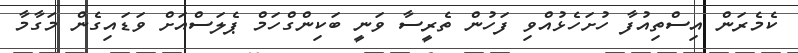
ކެމެރަން އިސްތިއުފާ ހުށަހެޅުއްވި ފަހުން ތެރީސާ ވަނީ ބަކިންގްހަމް ޕެލަސްއަށް ވަޑައިގެން މަގާމާ